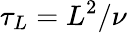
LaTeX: \tau_{L}=L^{2}/\nu